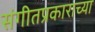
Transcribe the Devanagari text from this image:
संगीतप्रकाराच्या